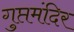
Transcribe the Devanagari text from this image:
गुप्तमंदिर